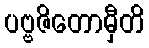
ပဗ္ဗဇိတောမှီတိ